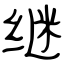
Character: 继